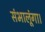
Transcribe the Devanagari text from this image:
संभालूंगा।